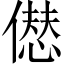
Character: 𠎝